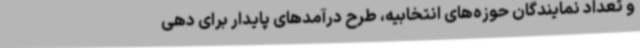
و تعداد نمایندگان حوزه‌های انتخابیه، طرح درآمدهای پایدار برای دهی